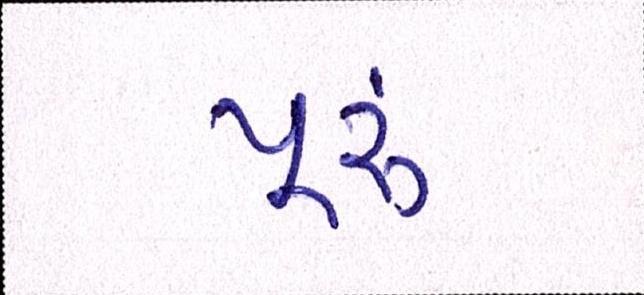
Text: પૂ્રું